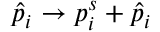
\hat { p } _ { i } \rightarrow p _ { i } ^ { s } + \hat { p } _ { i }